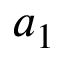
a _ { 1 }